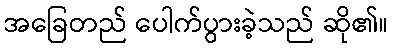
အခြေတည် ပေါက်ပွားခဲ့သည် ဆို၏။